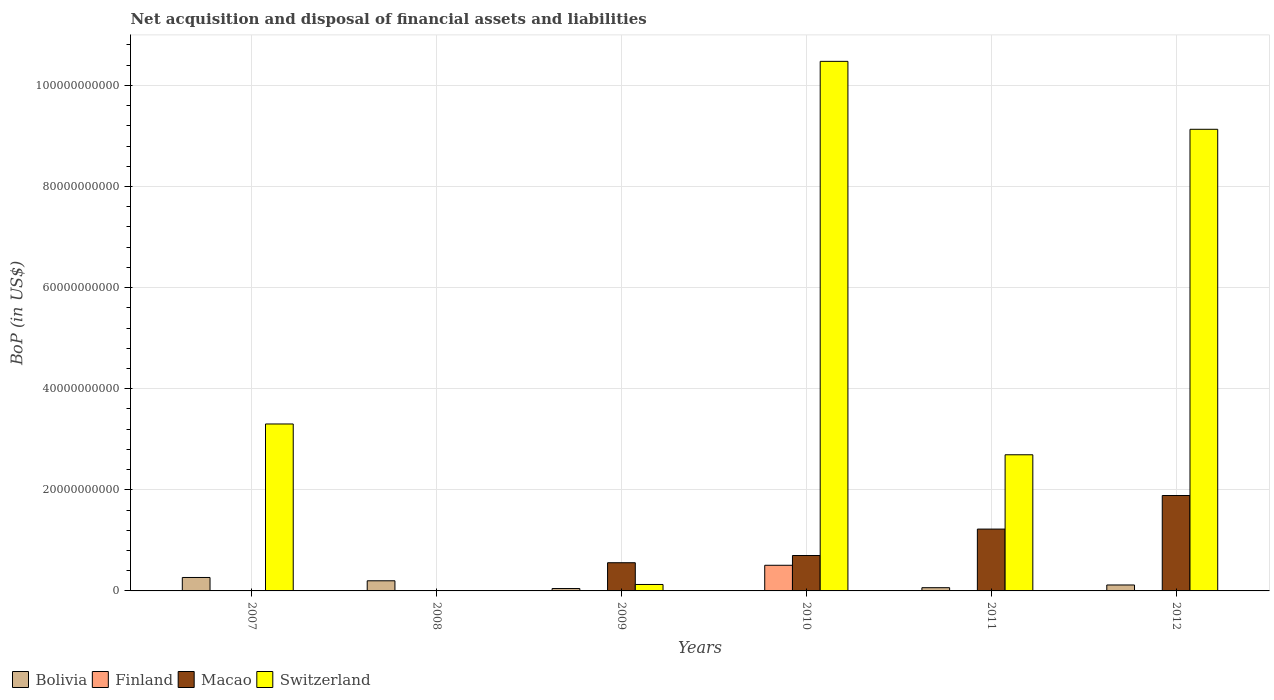
| Years | Bolivia | Finland | Macao | Switzerland |
 | --- | --- | --- | --- | --- |
 | 2007 | 2.66e+09 | -2.32e+08 | -2.78e+09 | 3.3e+10 |
 | 2008 | 2e+09 | -4.83e+09 | -1.14e+09 | -3.4e+09 |
 | 2009 | 4.71e+08 | -5.85e+09 | 5.58e+09 | 1.28e+09 |
 | 2010 | 6.43e+07 | 5.07e+09 | 7.01e+09 | 1.05e+11 |
 | 2011 | 6.38e+08 | -1.15e+10 | 1.22e+10 | 2.69e+10 |
 | 2012 | 1.18e+09 | -2.22e+10 | 1.89e+10 | 9.13e+10 |